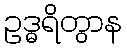
ဥဒ္ဓရိတွာန